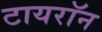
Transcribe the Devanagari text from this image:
टायराॅन